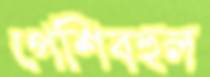
পেশিবহুল